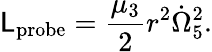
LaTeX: \mathsf{L}_{\mathrm{{probe}}}={\frac{{\mu_{3}}}{{2}}}r^{2}\dot{{\Omega}}_{5}^{2}.